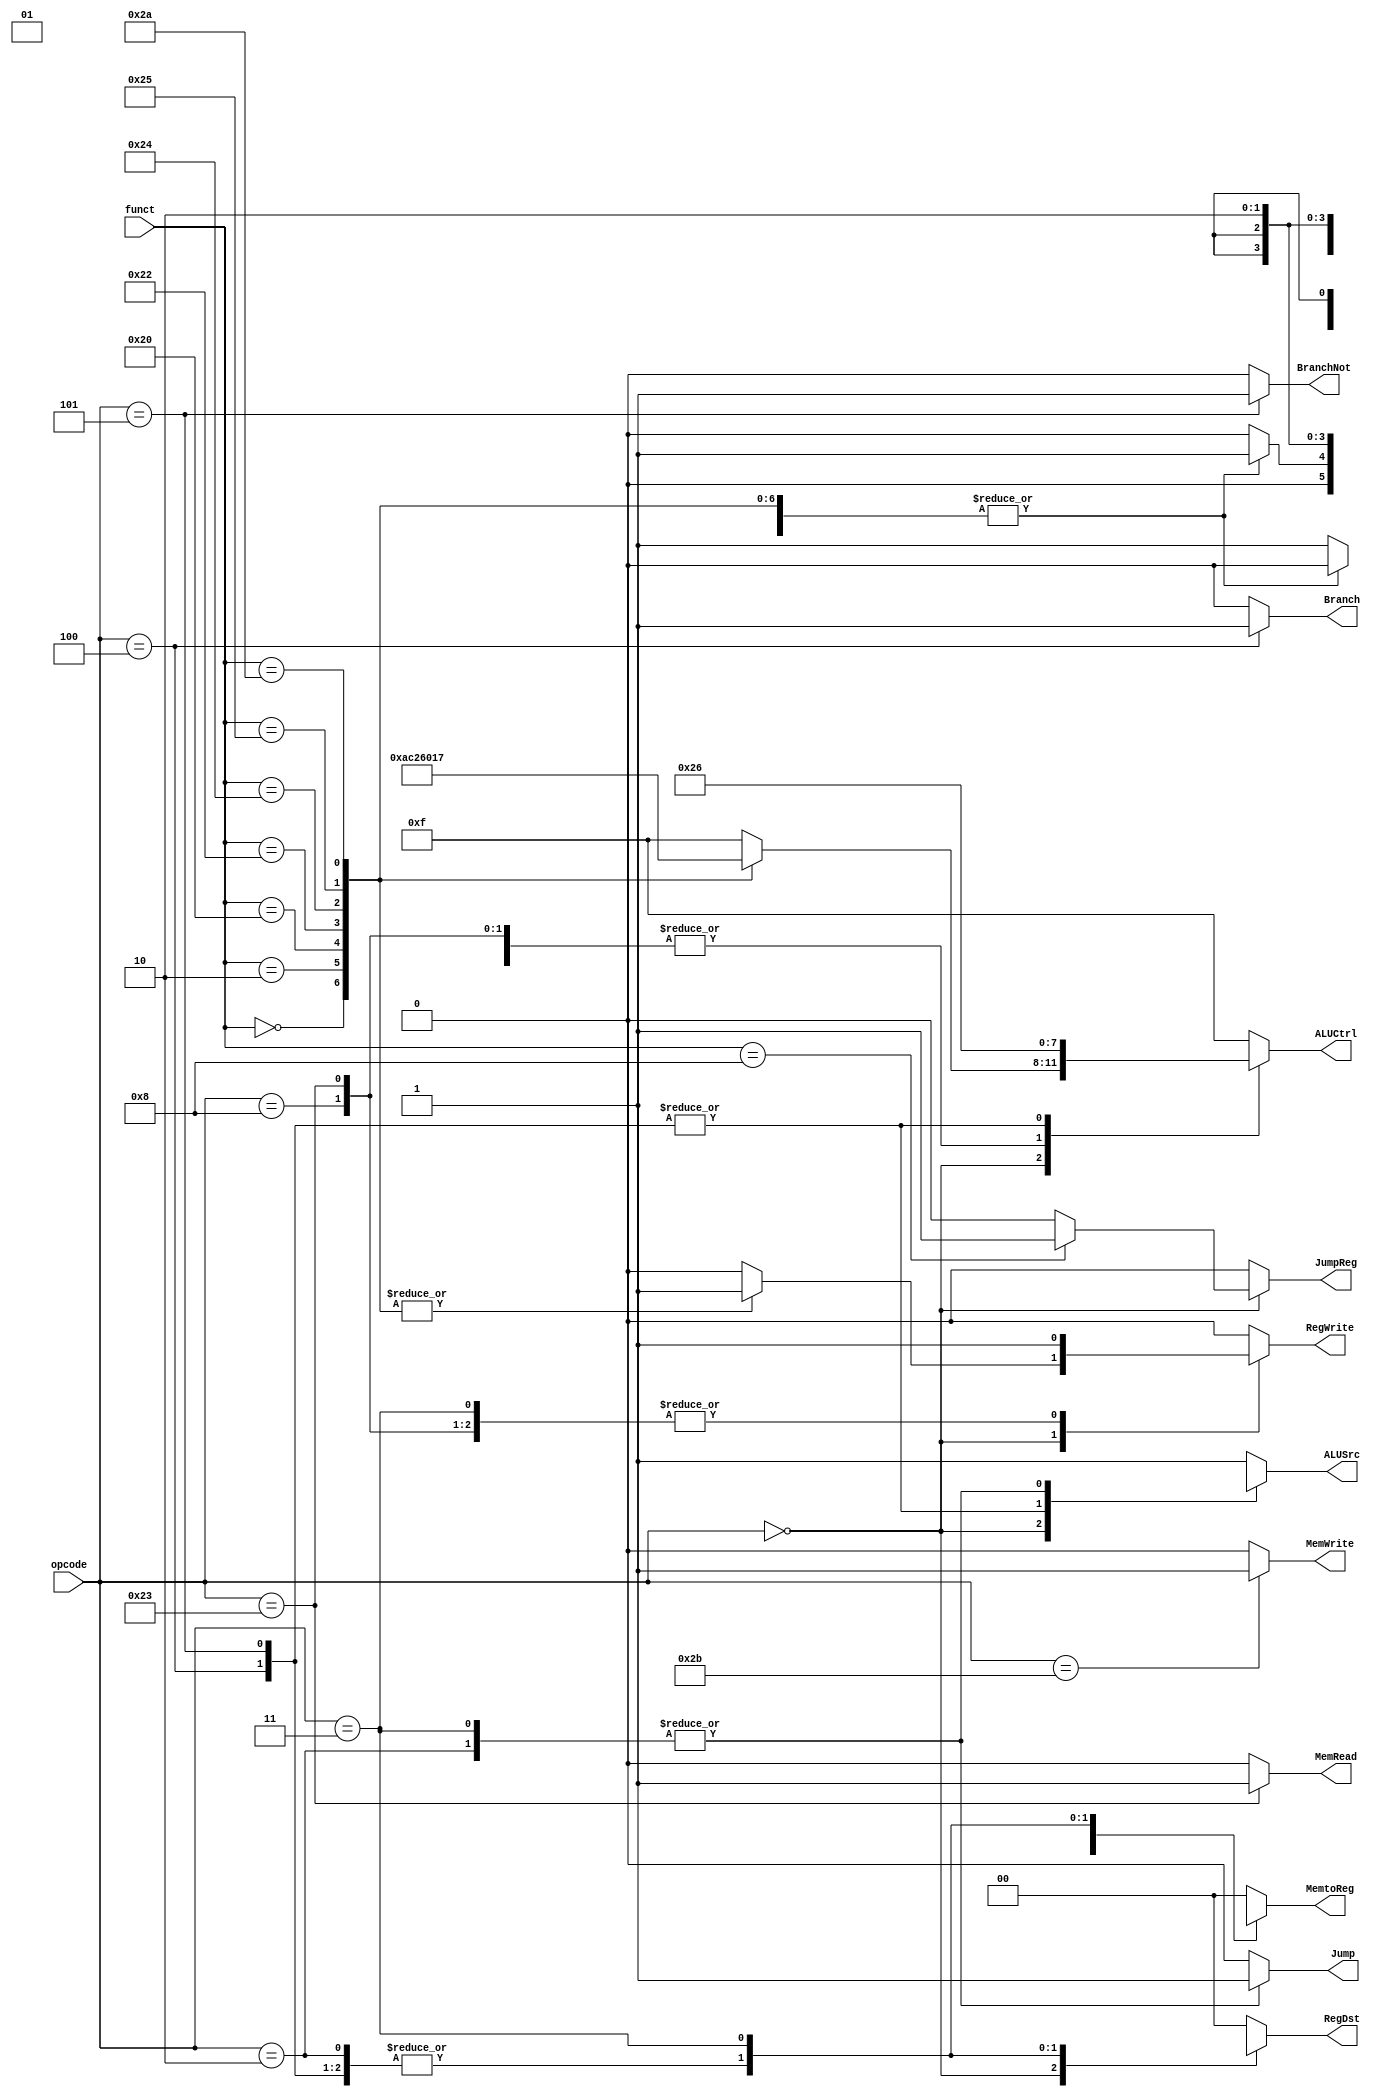
module Control(
	input [5:0] opcode,
	input [5:0] funct,
	output reg [1:0] RegDst,
	output reg Jump,
	output reg JumpReg,
	output reg Branch,
	output reg BranchNot,
	output reg MemRead,
	output reg [1:0] MemtoReg,
	//output reg [1:0] ALUOp,
	output reg [3:0] ALUCtrl,
	output reg MemWrite,
	output reg ALUSrc,
	output reg RegWrite);

	always @(*) begin

		case (opcode)
			6'h0: begin //r-type
				case (funct)
					6'h00: begin //sll
						RegDst = 2'b01;
						Jump = 1'b0;
						JumpReg = 1'b0;
						Branch = 1'b0;
						BranchNot = 1'b0;
						MemRead = 1'b0;
						MemtoReg = 2'b0;
						//ALUOp = 2'b10;
						ALUCtrl = 4'b1010;
						MemWrite = 1'b0;
						ALUSrc = 1'b0;
						RegWrite = 1'b1;
					end

					6'h02: begin //srl
						RegDst = 2'b01;
						Jump = 1'b0;
						JumpReg = 1'b0;
						Branch = 1'b0;
						BranchNot= 1'b0;
						MemRead = 1'b0;
						MemtoReg = 2'b00;
						//ALUOp = 2'b10;
						ALUCtrl = 4'b1100;
						MemWrite = 1'b0;
						ALUSrc = 1'b0;
						RegWrite = 1'b1;
					end

					6'h20: begin //add
						RegDst = 2'b01;
						Jump = 1'b0;
						JumpReg = 1'b0;
						Branch = 1'b0;
						BranchNot = 1'b0;
						MemRead = 1'b0;
						MemtoReg = 2'b00;
						//ALUOp = 2'b10;
						ALUCtrl = 4'b0010;
						MemWrite = 1'b0;
						ALUSrc = 1'b0;
						RegWrite = 1'b1;
					end

					6'h22: begin //sub
						RegDst = 2'b01;
						Jump = 1'b0;
						JumpReg = 1'b0;
						Branch = 1'b0;
						BranchNot = 1'b0;
						MemRead = 1'b0;
						MemtoReg = 2'b00;
						//ALUOp = 2'b10;
						ALUCtrl = 4'b0110;
						MemWrite = 1'b0;
						ALUSrc = 1'b0;
						RegWrite = 1'b1;
					end

					6'h24: begin //and
						RegDst = 2'b01;
						Jump = 1'b0;
						JumpReg = 1'b0;
						Branch = 1'b0;
						BranchNot = 1'b0;
						MemRead = 1'b0;
						MemtoReg = 2'b00;
						//ALUOp = 2'b10;
						ALUCtrl = 4'b0000;
						MemWrite = 1'b0;
						ALUSrc = 1'b0;
						RegWrite = 1'b1;
					end

					6'h25: begin //or
						RegDst = 2'b01;
						Jump = 1'b0;
						JumpReg = 1'b0;
						Branch = 1'b0;
						BranchNot = 1'b0;
						MemRead = 1'b0;
						MemtoReg = 2'b00;
						//ALUOp = 2'b10;
						ALUCtrl = 4'b0001;
						MemWrite = 1'b0;
						ALUSrc = 1'b0;
						RegWrite = 1'b1;
					end

					6'h2a: begin //slt
						RegDst = 2'b01;
						Jump = 1'b0;
						JumpReg = 1'b0;
						Branch = 1'b0;
						BranchNot = 1'b0;
						MemRead = 1'b0;
						MemtoReg = 2'b00;
						//ALUOp = 2'b10;
						ALUCtrl = 4'b0111;
						MemWrite = 1'b0;
						ALUSrc = 1'b0;
						RegWrite = 1'b1;
					end

					6'h8: begin //jr
						RegDst = 2'b01;
						Jump = 1'b0;
						JumpReg = 1'b1;
						Branch = 1'b0;
						BranchNot = 1'b0;
						MemRead = 1'b0;
						MemtoReg = 2'b00;
						//ALUOp = 2'b10;
						ALUCtrl = 4'b1111;
						MemWrite = 1'b0;
						ALUSrc = 1'b0;
						RegWrite = 1'b0;
					end

					default : begin
						RegDst = 2'b00;
						Jump = 1'b0;
						JumpReg = 1'b0;
						Branch = 1'b0;
						BranchNot = 1'b0;
						MemRead = 1'b0;
						MemtoReg = 2'b00;
						//ALUOp = 2'b10;
						ALUCtrl = 4'b1111;
						MemWrite = 1'b0;
						ALUSrc = 1'b1;
						RegWrite = 1'b0;
					end
				endcase
				/*RegDst = 1'b1;
				Jump = 1'b0;
				Branch = 1'b0;
				MemRead = 1'b0;
				MemtoReg = 1'b0;
				ALUOp = 2'b10;
				MemWrite = 1'b0;
				ALUSrc = 1'b0;
				RegWrite = 1'b1;*/
			end

			6'h8: begin //addi
				RegDst = 2'b00;
				Jump = 1'b0;
				JumpReg = 1'b0;
				Branch = 1'b0;
				BranchNot = 1'b0;
				MemRead = 1'b0;
				MemtoReg = 2'b00;
				//ALUOp = 2'b00;
				ALUCtrl = 4'b0010;
				MemWrite = 1'b0;
				ALUSrc = 1'b1;
				RegWrite = 1'b1;
			end

			6'h23: begin //lw
				RegDst = 2'b00;
				Jump = 1'b0;
				JumpReg = 1'b0;
				Branch = 1'b0;
				BranchNot = 1'b0;
				MemRead = 1'b1;
				MemtoReg = 2'b01;
				//ALUOp = 2'b00;
				ALUCtrl = 4'b0010;
				MemWrite = 1'b0;
				ALUSrc = 1'b1;
				RegWrite = 1'b1;
			end

			6'h2b: begin //sw
				RegDst = 2'bx;
				Jump = 1'b0;
				JumpReg = 1'b0;
				Branch = 1'b0;
				BranchNot = 1'b0;
				MemRead = 1'b0;
				MemtoReg = 2'bx;
				//ALUOp = 2'b00;
				ALUCtrl = 4'b0010;
				MemWrite = 1'b1;
				ALUSrc = 1'b1;
				RegWrite = 1'b0;
			end

			6'h4: begin //beq
				RegDst = 2'bx;
				Jump = 1'b0;
				JumpReg = 1'b0;
				Branch = 1'b1;
				BranchNot = 1'b0;
				MemRead = 1'b0;
				MemtoReg = 2'bx;
				//ALUOp = 2'b01;
				ALUCtrl = 4'b0110;
				MemWrite = 1'b0;
				ALUSrc = 1'b0;
				RegWrite = 1'b0;
			end

			6'h5: begin //bne
				RegDst = 2'bx;
				Jump = 1'b0;
				JumpReg = 1'b0;
				Branch = 1'b0;
				BranchNot = 1'b1;
				MemRead = 1'b0;
				MemtoReg = 2'bx;
				//ALUOp = 2'b01;
				ALUCtrl = 4'b0110;
				MemWrite = 1'b0;
				ALUSrc = 1'b0;
				RegWrite = 1'b0;
			end

			6'h2: begin //j
				RegDst = 2'bx;
				Jump = 1'b1;
				JumpReg = 1'b0;
				Branch = 1'b0;
				BranchNot = 1'b0;
				MemRead = 1'b0;
				MemtoReg = 2'bx;
				//ALUOp = 2'bx;
				ALUCtrl = 4'b1111;
				MemWrite = 1'b0;
				ALUSrc = 1'bx;
				RegWrite = 1'b0;
			end

			6'h3: begin //jal
				RegDst = 2'b10;
				Jump = 1'b1;
				JumpReg = 1'b0;
				Branch = 1'b0;
				BranchNot = 1'b0;
				MemRead = 1'b0;
				MemtoReg = 2'b10;
				//ALUOp = 2'bx;
				ALUCtrl = 4'b1111;
				MemWrite = 1'b0;
				ALUSrc = 1'bx;
				RegWrite = 1'b1;
			end

			default : begin 
				RegDst = 2'b00;
				Jump = 1'b0;
				JumpReg = 1'b0;
				Branch = 1'b0;
				BranchNot = 1'b0;
				MemRead = 1'b0;
				MemtoReg = 2'b00;
				//ALUOp = 2'b11;
				ALUCtrl = 4'b1111;
				MemWrite = 1'b0;
				ALUSrc = 1'b1;
				RegWrite = 1'b0;
			end
		endcase
	
	end

endmodule